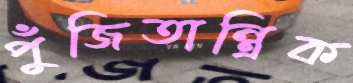
পুঁজিতান্ত্রিক